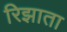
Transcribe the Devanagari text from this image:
रिझाता